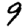
Digit: 9